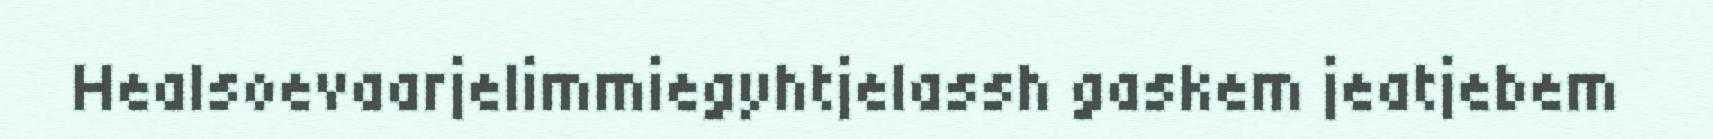
Healsoevaarjelimmiegyhtjelassh gaskem jeatjebem